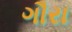
ગૌરા